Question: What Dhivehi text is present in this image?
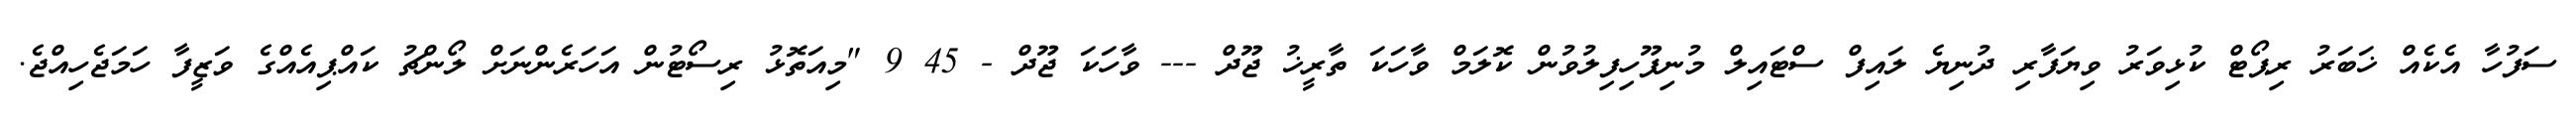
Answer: ސަފުހާ އެކެއް ޚަބަރު ރިޕޯޓް ކުޅިވަރު ވިޔަފާރި ދުނިޔެ ލައިފް ސްޓައިލް މުނިފޫހިފިލުވުން ކޮލަމް ވާހަކަ ތާރީޚު ޖޫދް --- ވާހަކަ ޖޫދް - 45 9 "މިއަތޮޅު ރިސޯޓުން އަހަރެންނަށް ލޯންޗު ކައްޕިއެއްގެ ވަޒީފާ ހަމަޖެހިއްޖެ.